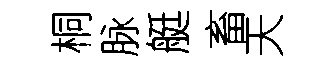
桐脉艇畜天